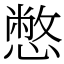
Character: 憋